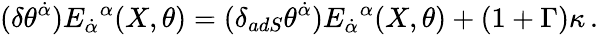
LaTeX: (\delta\theta^{\dot{\alpha}})E_{\dot{\alpha}}{}^{\alpha}(X,\theta)=(\delta_{adS}\theta^{\dot{\alpha}})E_{\dot{\alpha}}{}^{\alpha}(X,\theta)+(1+\Gamma)\kappa\, .